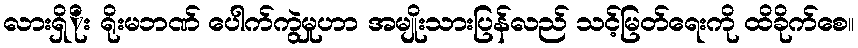
လားရှိိုး ရိုးမဘဏ် ပေါက်ကွဲမှုဟာ အမျိုးသားပြန်လည် သင့်မြတ်ရေးကို ထိခိုက်စေ။